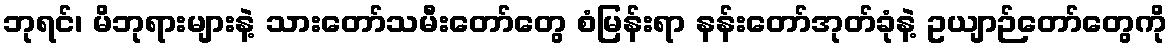
ဘုရင်၊ မိဘုရားများနဲ့ သားတော်သမီးတော်တွေ စံမြန်းရာ နန်းတော်အုတ်ခုံနဲ့ ဥယျာဉ်တော်တွေကို